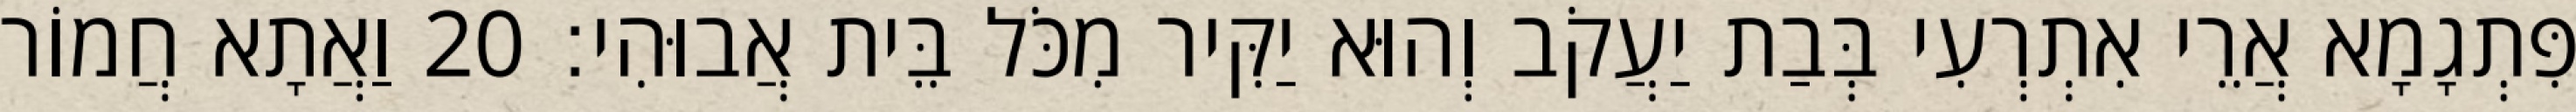
פִּתְגָמָא אֲרֵי אִתְרְעִי בְּבַת יַעֲקֹב וְהוּא יַקִּיר מִכֹּל בֵּית אֲבוּהִי׃ 20 וַאֲתָא חֲמוֹר